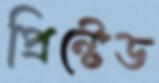
প্রিন্টেড